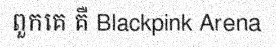
ពួកគេ គឺ Blackpink Arena